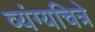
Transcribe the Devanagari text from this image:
व्यंग्यचित्रे